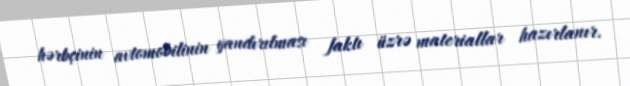
hərbçinin avtomobilinin yandırılması faktı üzrə materiallar hazırlanır.